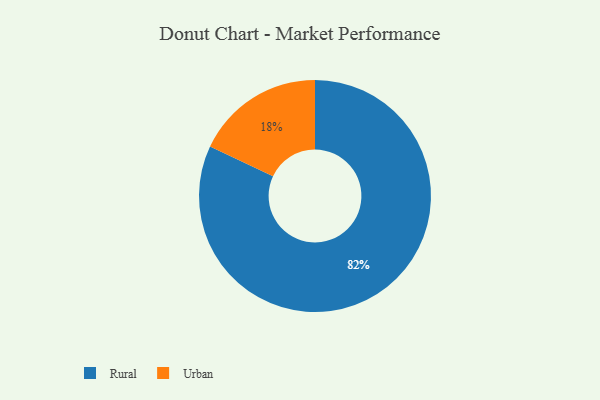
{"axis": {"x": "Category", "y": "Percentage"}, "legend": ["Rural", "Urban"], "data": [{"x": "Rural", "y": 82, "type": "Rural"}, {"x": "Urban", "y": 18, "type": "Urban"}]}